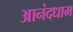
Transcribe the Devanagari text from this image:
आनंदधाम